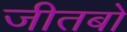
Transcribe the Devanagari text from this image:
जीतबो